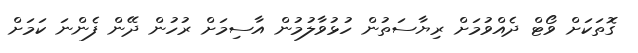
ގޮތަކަށް ވޯޓް ދެއްވުމަށް ރިޔާސަތުން ހުޅުވާލުމުން އާސިމަށް ރުހުން ދޭން ފެންނަ ކަމަށް